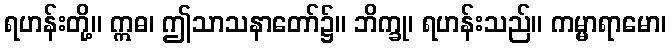
ရဟန်းတို့။ ဣဓ၊ ဤသာသနာတော်၌။ ဘိက္ခု၊ ရဟန်းသည်။ ကမ္မာရာမော၊